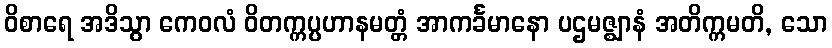
ဝိစာရေ အဒိသွာ ကေဝလံ ဝိတက္ကပ္ပဟာနမတ္တံ အာကင်္ခမာနော ပဌမဇ္ဈာနံ အတိက္ကမတိ, သော